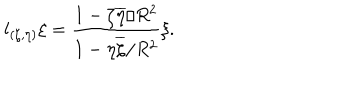
l _ { ( \zeta , \eta ) } \xi = \frac { 1 - \zeta \overline { { \eta } } / R ^ { 2 } } { 1 - \eta \overline { { \zeta } } / R ^ { 2 } } \xi .